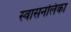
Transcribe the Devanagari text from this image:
स्वासनलिका